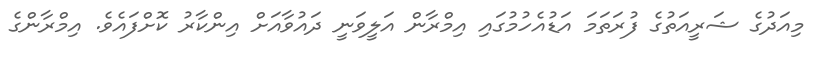
މިއަދުގެ ޝަރީއަތުގެ ފުރަތަމަ އަޑުއެހުމުގައި އިމްރާން އަލީވަނީ ދައުވާއަށް އިންކާރު ކޮށްފައެވެ. އިމްރާންގެ